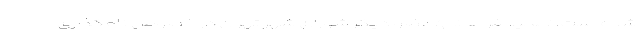
شده است. «مجید فراهانی» عضو دیگر شورای شهر تهران در خصوص نامگذاری